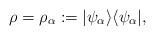
LaTeX: \begin{align*}\rho = \rho_{\alpha} := |\psi_{\alpha} \rangle \langle \psi_{\alpha} |,\end{align*}